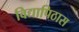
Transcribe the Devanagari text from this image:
विद्यापिठास